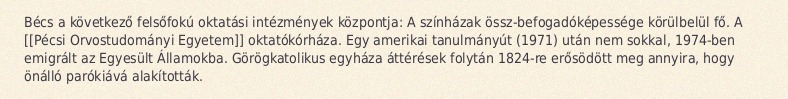
Bécs a következő felsőfokú oktatási intézmények központja: A színházak össz-befogadóképessége körülbelül fő. A [[Pécsi Orvostudományi Egyetem]] oktatókórháza. Egy amerikai tanulmányút (1971) után nem sokkal, 1974-ben emigrált az Egyesült Államokba. Görögkatolikus egyháza áttérések folytán 1824-re erősödött meg annyira, hogy önálló parókiává alakították.